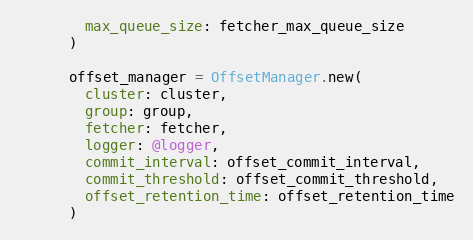
Language: Ruby
        max_queue_size: fetcher_max_queue_size
      )

      offset_manager = OffsetManager.new(
        cluster: cluster,
        group: group,
        fetcher: fetcher,
        logger: @logger,
        commit_interval: offset_commit_interval,
        commit_threshold: offset_commit_threshold,
        offset_retention_time: offset_retention_time
      )